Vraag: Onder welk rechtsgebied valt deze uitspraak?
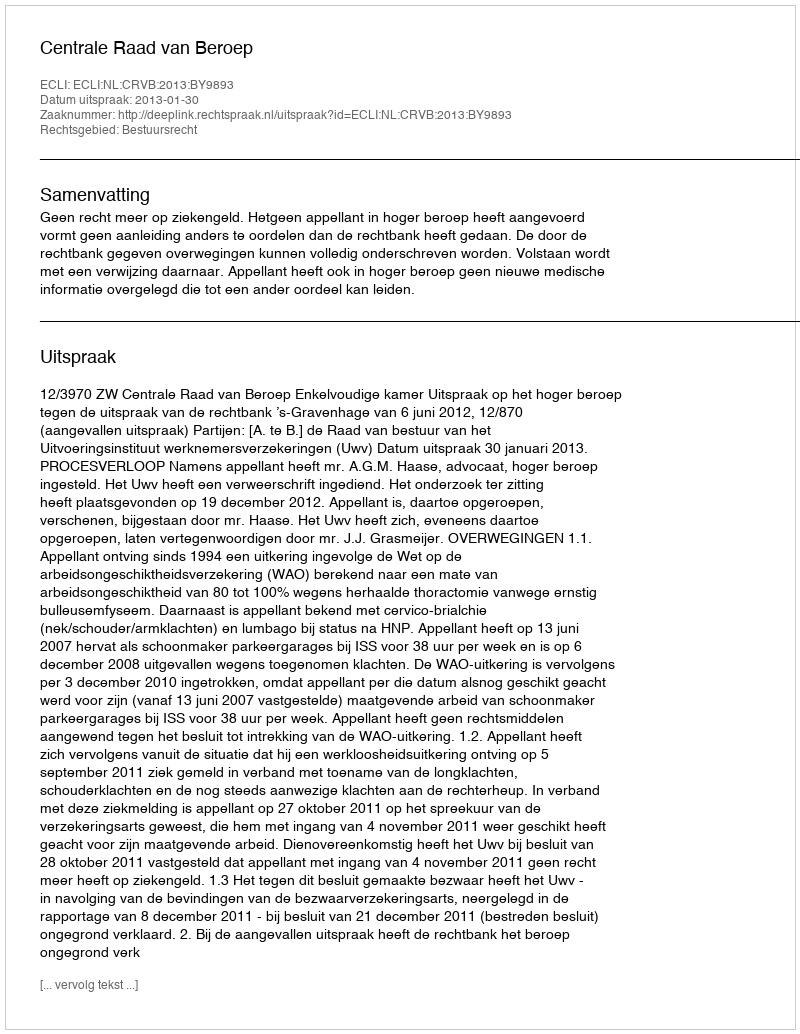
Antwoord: Bestuursrecht